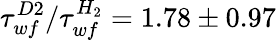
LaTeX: \tau_{wf}^{D2}/\tau_{wf}^{H_{2}}=1.78\pm 0.97